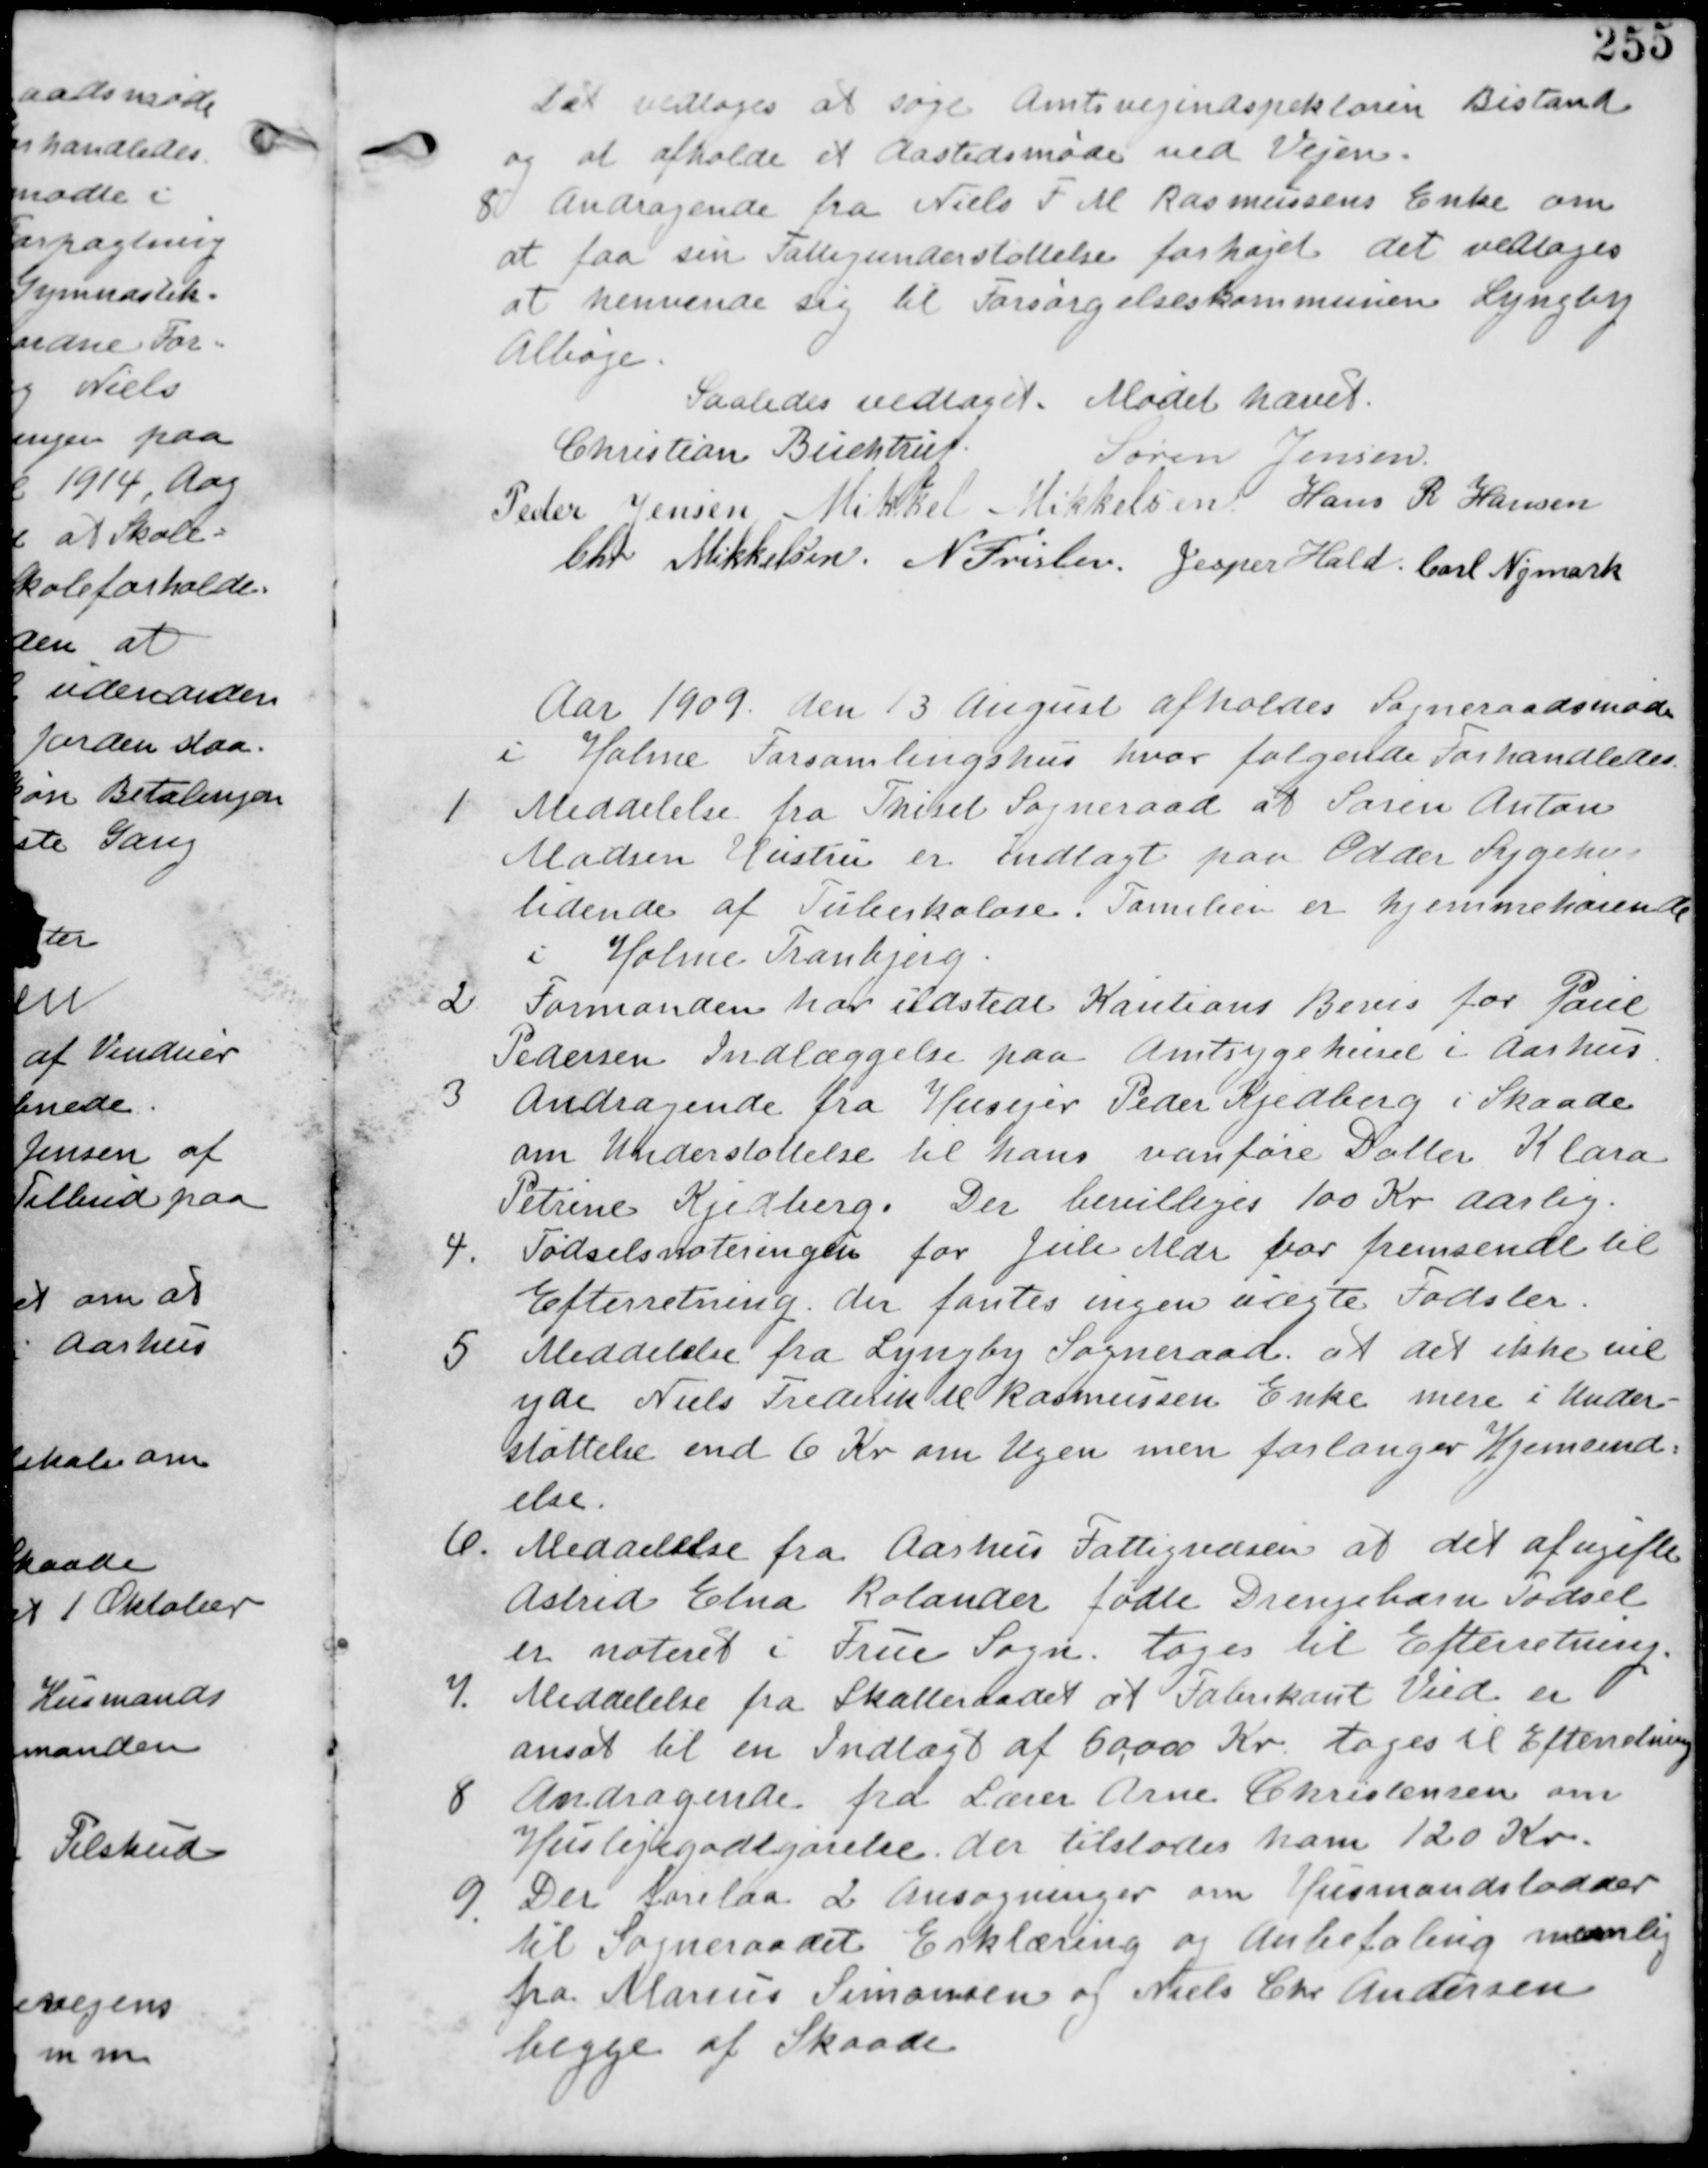
Transskription:
Det vedtages at søge Amtsvejindspektøren Bistand
og at afholde et Aastedsmøde med Vejen.
8 Andragende fra Niels F M Rasmussens Enke om
at faa sin Fattigunderstøttelse forhøjet det vedtages
at henvende sig til Forsørgelseskommunen Lyngby
Albøje.
Saaledes vedtaget. Mødet hævet
Christian Buchtrup Søren Jensen
Peder Jensen Mikkel Mikkelsen Hans R Hansen
Chr Mikkelsen. N Frislev. Jesper Hald. Carl Nymark

Aar 1909 den 13 August afholdes Sogneraadsmøde
i Holme Forssamlingshus hvor følgende Forhandledes.

1 Meddelse fra Thiset Sogneraad at Søren Anton
Madsen Hustru er indlagt paa Odder Sygehus
lidende af Tuberkulose. Familien er hjemmehørende
i Holme Kommune.

2 Formanden har udstedt Kautions Bevis for Paul
Pedersen Indlæggelse paa Amtsygehuset i Aarhus

3
Andragende fra Husejer Peder Kjedberg i Skaade
om Understøttelse til hans vanføre Datter Klara
Petrine Kjedberg. Der bevilliges 100 Kr aarlig

4. Fødselsnoteringen for Juli Mdr har fremsendt til
Efterretning der fantes ingen uægte Fødsler.

5 Meddelelse fra Lyngby Sogneraad at det ikke vil
yde Niels Frederik M Rasmussen Enke mere i Under-
støttelse end 6 Kr om Ugen men forlanger Hjemsend
else.

6. Meddelelse fra Aarhus Fattigvæsen at det af ugifte
Astrid Elna Rolander fødte Drengebarn Fødsel
er noteret i Frue Sogn. tages til Efterretning.

7. Meddelelse fra Skatteraadet at Fabrikant Vied er
ansat til Indtægt af 50,000 Kr tages til Efterretning.

8 Andragende fra Lærer Arne Christensen om
Huslejegodtgørelse. der tilstodes ham 120 Kr.

9. Der forelaa 2 Ansøgninger om Husmandslodder
til Sogneraadet Erklæring og Anbefaling nemlig
fra Marius Simonsen og Niels Chr Andersen
begge af Skaade.